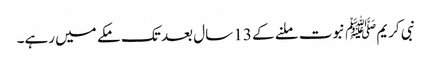
نبی کریمﷺ نبوت ملنے کے 13 سال بعد تک مکے میں رہے۔